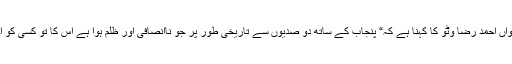
پنجابی پرچار کے روح رواں احمد رضا وٹو کا کہنا ہے کہ“ پنجاب کے ساتھ دو صدیوں سے تاریخی طور پر جو ناانصافی اور ظلم ہوا ہے اس کا تو کسی کو احساس ہے اور نہ ہی فکر۔